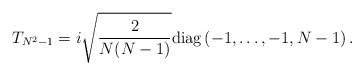
\begin{align*}T_{N^2 - 1} = i \sqrt{\frac{2}{N (N - 1)}}{\rm diag} \left( - 1, \dots, - 1, N - 1 \right) .\end{align*}